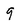
Character: 9